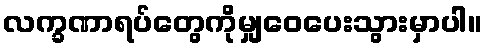
လက္ခဏာရပ်တွေကိုမျှဝေပေးသွားမှာပါ။